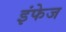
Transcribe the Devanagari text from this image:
इंफेज